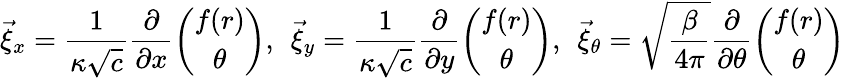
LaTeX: \vec{\xi}_{x}=\frac{1}{\kappa\sqrt{c}}\frac{\partial}{\partial x}\left(\begin{array}{c}{{f(r)}}\\ {{\theta}}\end{array}\right),\: \: \vec{\xi}_{y}=\frac{1}{\kappa\sqrt{c}}\frac{\partial}{\partial y}\left(\begin{array}{c}{{f(r)}}\\ {{\theta}}\end{array}\right),\: \: \vec{\xi}_{\theta}=\sqrt{\frac{\beta}{4\pi}}\frac{\partial}{\partial\theta}\left(\begin{array}{c}{{f(r)}}\\ {{\theta}}\end{array}\right)